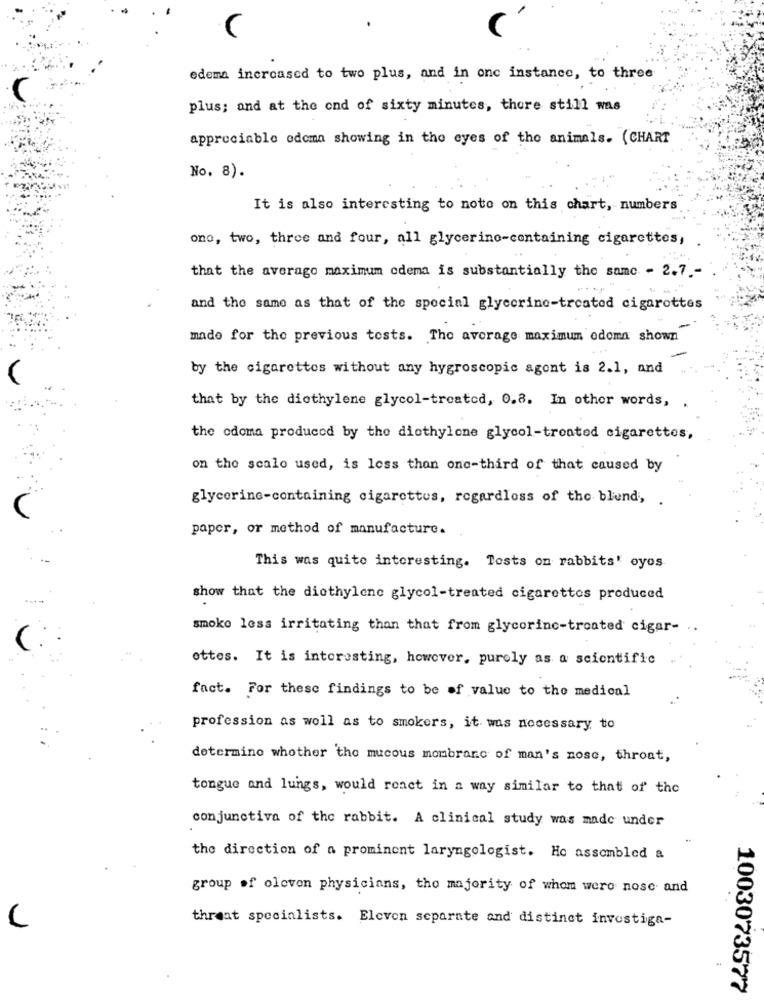
C
edema increased to two plus, and in one instance, to three
plus; and at the end of sixty minutes, there still was
appreciable odoma showing in the eyes of the animals. (CHART
No. 8).
It is also interesting to note on this chart, numbers
one, two, three and four, all glycerino-containing cigarettes,
that the averago maximum cdema is substantially the same - 2.7 .-
and the same as that of the special glycerine-treated cigarettes
-
made for the previous tests. The average maximum odoma shown
by the cigarettes without any hygroscopic agent is 2.1, and
that by the diethylene glycol-treated, 0.8. In other words, .
the odoma produced by the diethylene glycol-treated cigarettes,
on the scalo used, is less than one-third of that caused by
glycerine-containing cigarettes, regardless of the blend,
paper, or method of manufacture.
This was quite interesting. Tests on rabbits' oyes
show that the diethylene glycol-treated cigarettes produced
smoko less irritating than that from glycorinc-treated cigar-
ottos. It is interesting, however, purely as a scientific
fact. For these findings to be of value to the medical
profession as well as to smokers, it was necessary to
determino whether the mucous membrane of man's nose, throat,
tongue and lungs, would ronct in a way similar to that of the
conjunctiva of the rabbit. A clinical study was made under
the direction of a prominent laryngologist. Ho assembled a
group of olovon physicians, tho majority of whom were nose and
threat specialists. Eleven separate and distinct investiga-
1003073577